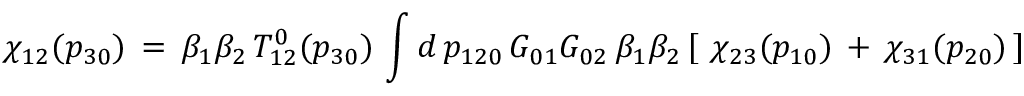
\chi _ { 1 2 } ( p _ { 3 0 } ) \, = \, \beta _ { 1 } \beta _ { 2 } \, T _ { 1 2 } ^ { 0 } ( p _ { 3 0 } ) \, \int d \, p _ { 1 2 0 } \, G _ { 0 1 } G _ { 0 2 } \, \beta _ { 1 } \beta _ { 2 } \, [ \, \, \chi _ { 2 3 } ( p _ { 1 0 } ) \, + \, \chi _ { 3 1 } ( p _ { 2 0 } ) \, ]